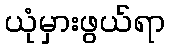
ယုံမှားဖွယ်ရာ